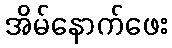
အိမ်နောက်ဖေး